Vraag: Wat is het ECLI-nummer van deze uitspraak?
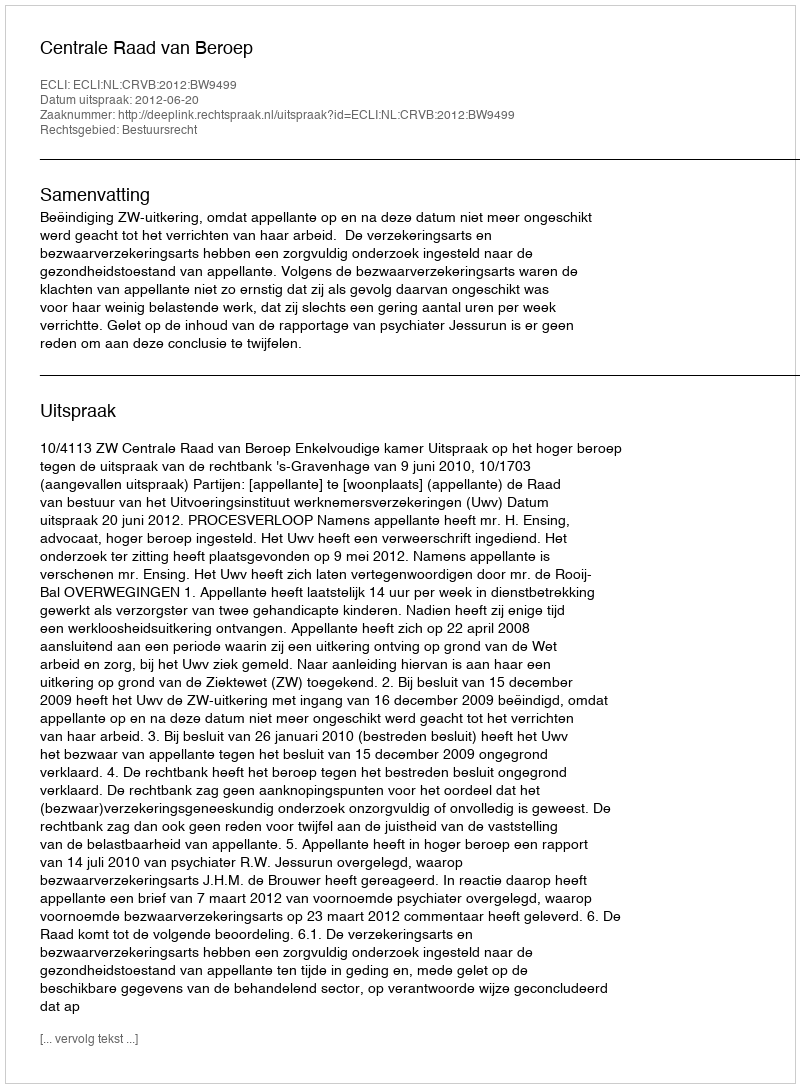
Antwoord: ECLI:NL:CRVB:2012:BW9499